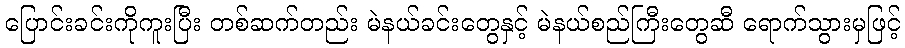
ပြောင်းခင်းကိုကူးပြီး တစ်ဆက်တည်း မဲနယ်ခင်းတွေနှင့် မဲနယ်စည်ကြီးတွေဆီ ရောက်သွားမှဖြင့်